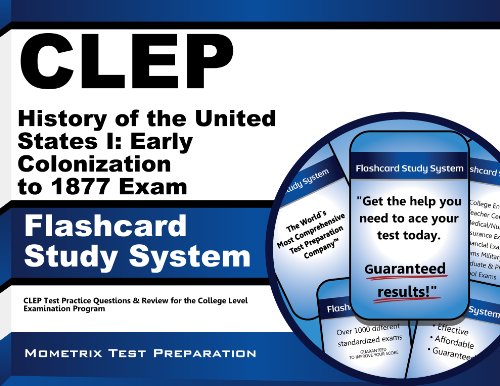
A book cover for CLEP History of the United States I: Early Colonization to 1877 Exam Flashcard Study System: CLEP Test Practice Questions & Review for the College Level Examination Program (Cards); CLEP Exam Secrets Test Prep Team; Test Preparation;